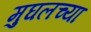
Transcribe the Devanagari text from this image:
मुघलच्या